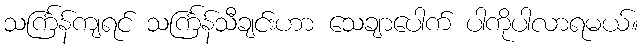
သင်္ကြန်ကျရင် သင်္ကြန်သီချင်းဟာ သေချာပေါက် ပါကိုပါလာရမယ်။